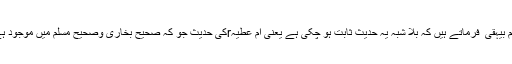
امام بیہقی ؒ فرماتے ہیں کہ بلا شبہ یہ حدیث ثابت ہو چکی ہے یعنی ام عطیہrکی حدیث جو کہ صحیح بخاری وصحیح مسلم میں موجود ہے۔